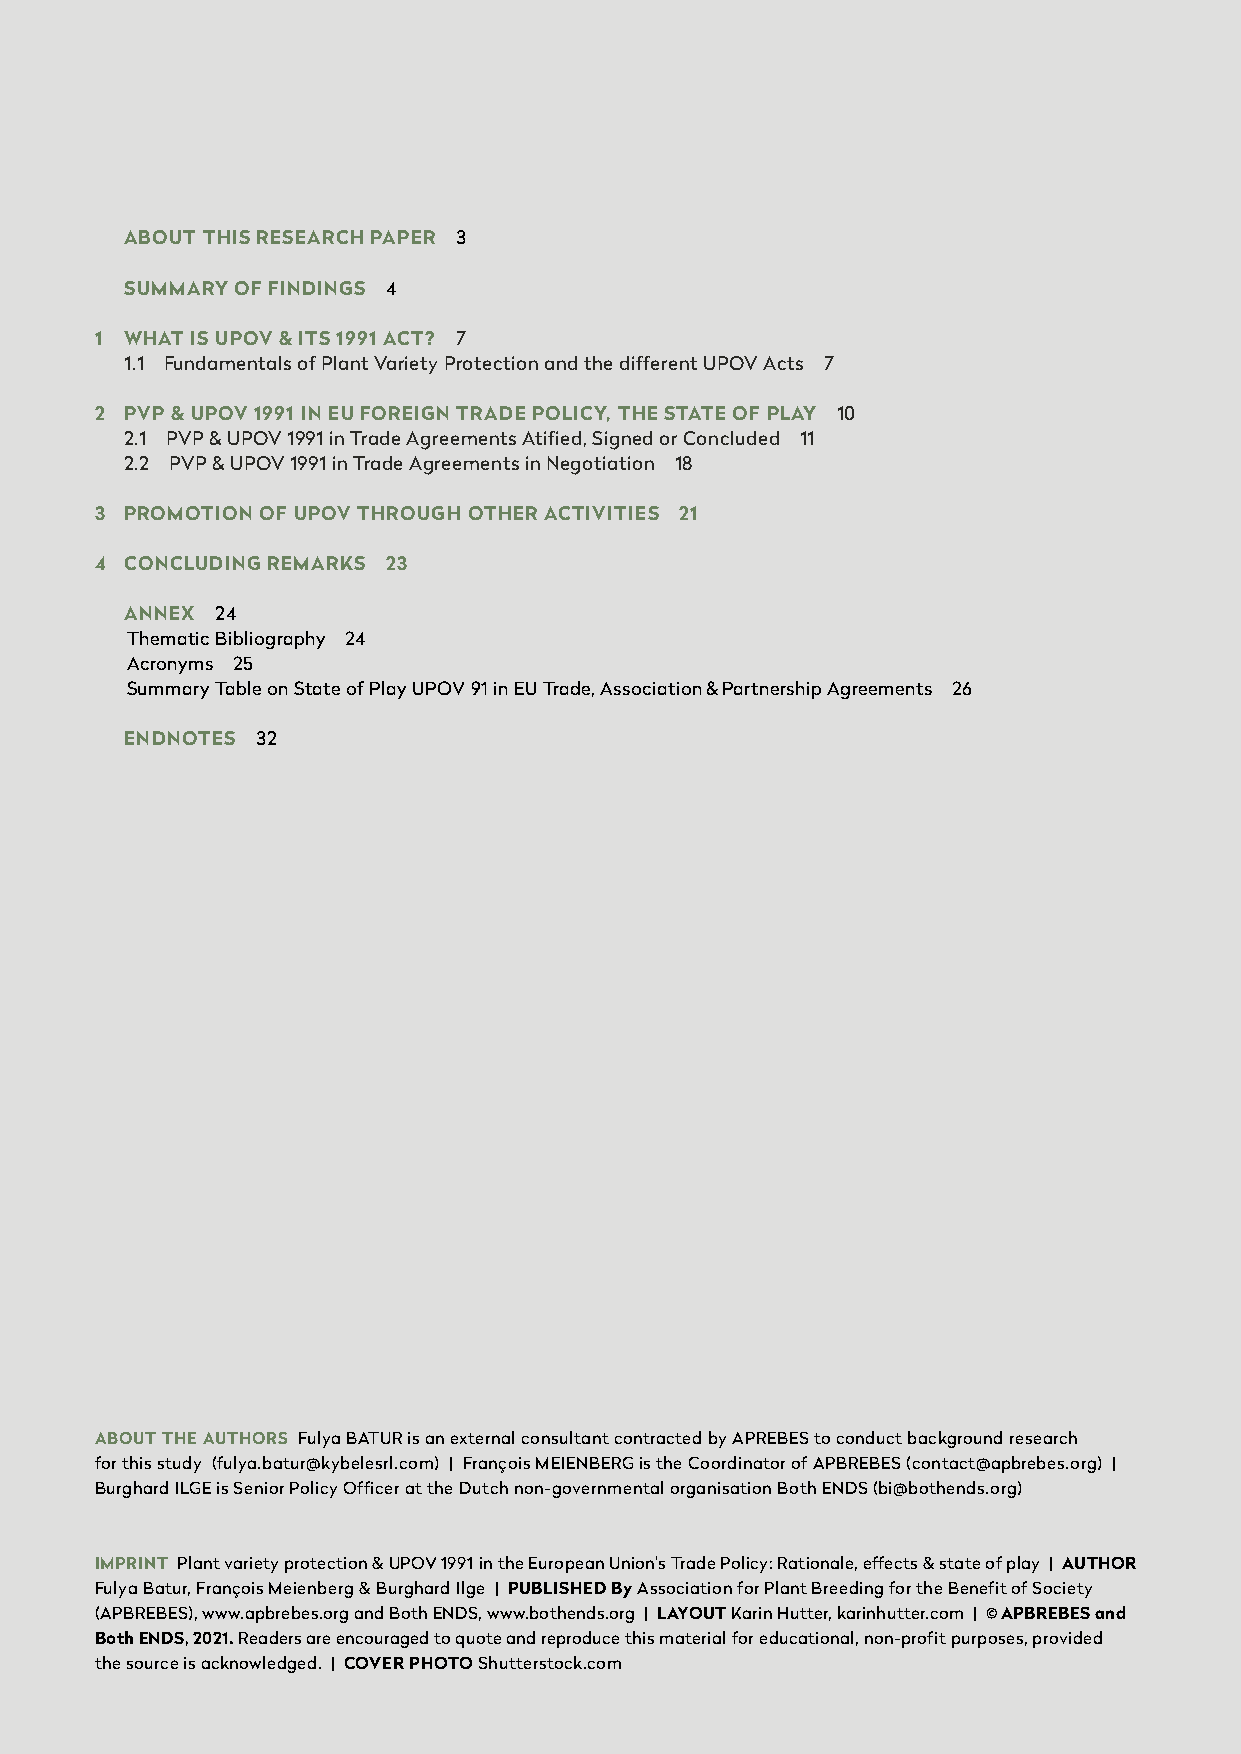
ABOUT THIS RESEARCH PAPER 3
 SUMMARY OF FINDINGS 4
 1 WHAT IS UPOV & ITS 1991 ACT? 7
 1.1 Fundamentals of Plant Variety Protection and the different UPOV Acts 7
 2 PVP & UPOV 1991 IN EU FOREIGN TRADE POLICY, THE STATE OF PLAY 10
 2.1 PVP & UPOV 1991 in Trade Agreements Atified, Signed or Concluded 11
 2.2 PVP & UPOV 1991 in Trade Agreements in Negotiation 18
 3 PROMOTION OF UPOV THROUGH OTHER ACTIVITIES 21
 4 CONCLUDING REMARKS 23
 ANNEX 24
 Thematic Bibliography 24
 Acronyms 25
 Summary Table on State of Play UPOV 91 in EU Trade, Association & Partnership Agreements 26
 ENDNOTES 32
 ABOUT THE AUTHORS Fulya BATUR is an external consultant contracted by APREBES to conduct background research
 for this study (fulya.batur@kybelesrl.com) | François MEIENBERG is the Coordinator of APBREBES (contact@apbrebes.org) |
 Burghard ILGE is Senior Policy Officer at the Dutch non-governmental organisation Both ENDS (bi@bothends.org)
 IMPRINT Plant variety protection & UPOV 1991 in the European Union’s Trade Policy: Rationale, effects & state of play | AUTHOR
 Fulya Batur, François Meienberg & Burghard Ilge | PUBLISHED By Association for Plant Breeding for the Benefit of Society
 (APBREBES), www.apbrebes.org and Both ENDS, www.bothends.org | LAYOUT Karin Hutter, karinhutter.com | © APBREBES and
 Both ENDS, 2021. Readers are encouraged to quote and reproduce this material for educational, non-profit purposes, provided
 the source is acknowledged. | COVER PHOTO Shutterstock.com